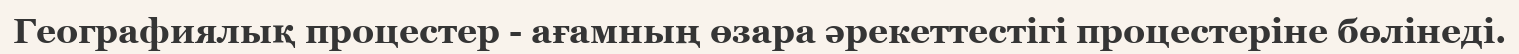
Географиялық процестер - ағамның өзара әрекеттестігі процестеріне бөлінеді.